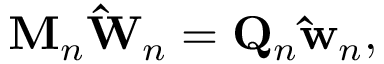
\mathbf { M } _ { n } \mathbf { \hat { W } } _ { n } = \mathbf { Q } _ { n } \mathbf { \hat { w } } _ { n } ,